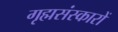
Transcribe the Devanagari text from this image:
गृह्मसंस्कारों